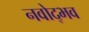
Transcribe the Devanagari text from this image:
नवोद्भव